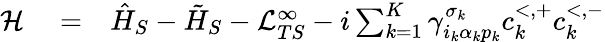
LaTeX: \begin{array}{rlr}{\mathcal{H}}&{{}=}&{\hat{H}_{S}-\tilde{H}_{S}-\mathcal{L}_{TS}^{\infty}-i\sum_{k=1}^{K}\gamma_{i_{k}\alpha_{k}p_{k}}^{\sigma_{k}}c_{k}^{<,+}c_{k}^{<,-}}\end{array}